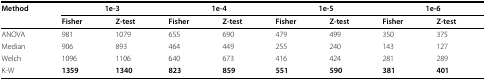
<table><thead><tr><td><b>Method</b></td><td colspan="2"><b>1e-3</b></td><td colspan="2"><b>1e-4</b></td><td colspan="2"><b>1e-5</b></td><td colspan="2"><b>1e-6</b></td></tr><tr><td></td><td><b>Fisher</b></td><td><b>Z-test</b></td><td><b>Fisher</b></td><td><b>Z-test</b></td><td><b>Fisher</b></td><td><b>Z-test</b></td><td><b>Fisher</b></td><td><b>Z-test</b></td></tr></thead><tbody><tr><td>ANOVA</td><td>981</td><td>1079</td><td>655</td><td>690</td><td>479</td><td>499</td><td>350</td><td>375</td></tr><tr><td>Median</td><td>906</td><td>893</td><td>464</td><td>449</td><td>255</td><td>240</td><td>143</td><td>127</td></tr><tr><td>Welch</td><td>1096</td><td>1106</td><td>640</td><td>673</td><td>416</td><td>424</td><td>281</td><td>289</td></tr><tr><td>K-W</td><td><b>1359</b></td><td><b>1340</b></td><td><b>823</b></td><td><b>859</b></td><td><b>551</b></td><td><b>590</b></td><td><b>381</b></td><td><b>401</b></td></tr></tbody></table>